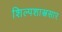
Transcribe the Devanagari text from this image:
शिल्पशास्त्रसार